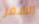
السفر